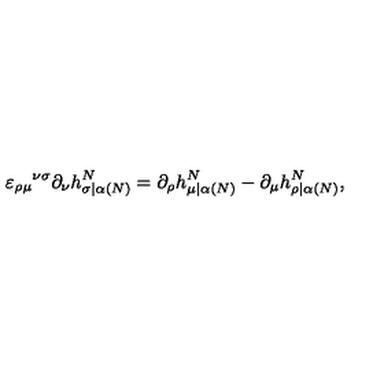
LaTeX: \varepsilon _ { \rho \mu } { } ^ { \nu \sigma } \partial _ { \nu } h _ { \sigma | \alpha ( N ) } ^ { N } = \partial _ { \rho } h _ { \mu | \alpha ( N ) } ^ { N } - \partial _ { \mu } h _ { \rho | \alpha ( N ) } ^ { N } ,